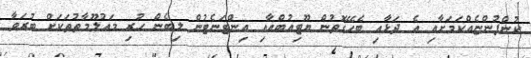
ކުންފުންޏެއްކަމަށާއި އެ ދަޅާއި ބެހޭގޮތުން ޔޫޓިއުބްއާއި އިންޓަނެޓުން ލިބެން ހުރި މައުލޫމާތުތަކަށް ބުރަވާ